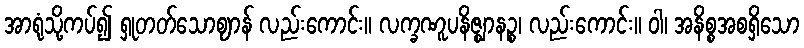
အာရုံသို့ကပ်၍ ရှုတတ်သောဈာန် လည်းကောင်း။ လက္ခဏူပနိဇ္ဈာနဉ္စ၊ လည်းကောင်း။ ဝါ၊ အနိစ္စအစရှိသော